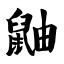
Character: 鼬